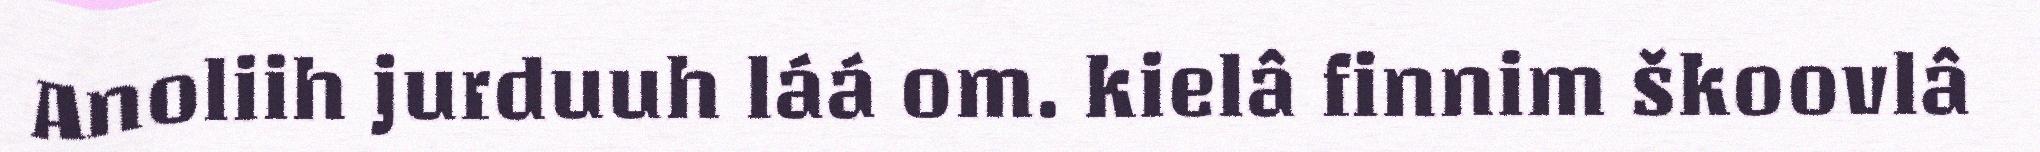
Anoliih jurduuh láá om. kielâ finnim škoovlâ